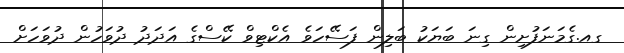
ގއ.ގެމަނަފުށިން ގިނަ ބަޔަކު ބަލިން ފަސޭހަވެ އެކްޓިވް ކޭސްގެ އަދަދު ދުވަހުން ދުވަހަށް